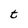
Character: t